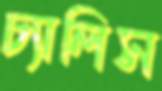
চ্যালিস